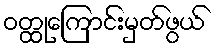
ဝတ္ထုကြောင်းမှတ်ဖွယ်